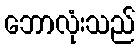
ဘောလုံးသည်